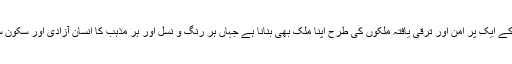
مزہبی انتہاء پسندی کو جڑ سے ختم کر کے ایک پر امن اور ترقی یافتہ ملکوں کی طرح اپنا ملک بھی بنانا ہے جہاں ہر رنگ و نسل اور ہر مذہب کا انسان آزادی اور سکون سے اپنی مرضی کی زندگی گزار سکے۔